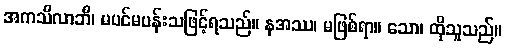
အကသိလာဘီ၊ မပင်မပန်းသဖြင့်ရသည်။ နအဿ၊ မဖြစ်ရာ။ သော၊ ထိုသူသည်။